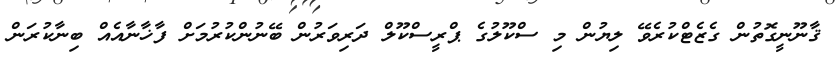
ޤާނޫނީގޮތުން ގެޒެޓްކުރެވޭ ލިޔުން މި ސްކޫލުގެ ޕްރީސްކޫލް ދަރިވަރުން ބޭނުންކުރުމަށް ފާޚާނާއެއް ބިނާކުރަން